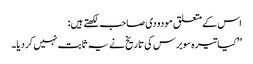
اس کے متعلق مودودی صاحب لکھتے ہیں:
’’کیا تیرہ سو برس کی تاریخ نے یہ ثابت نہیں کردیا۔